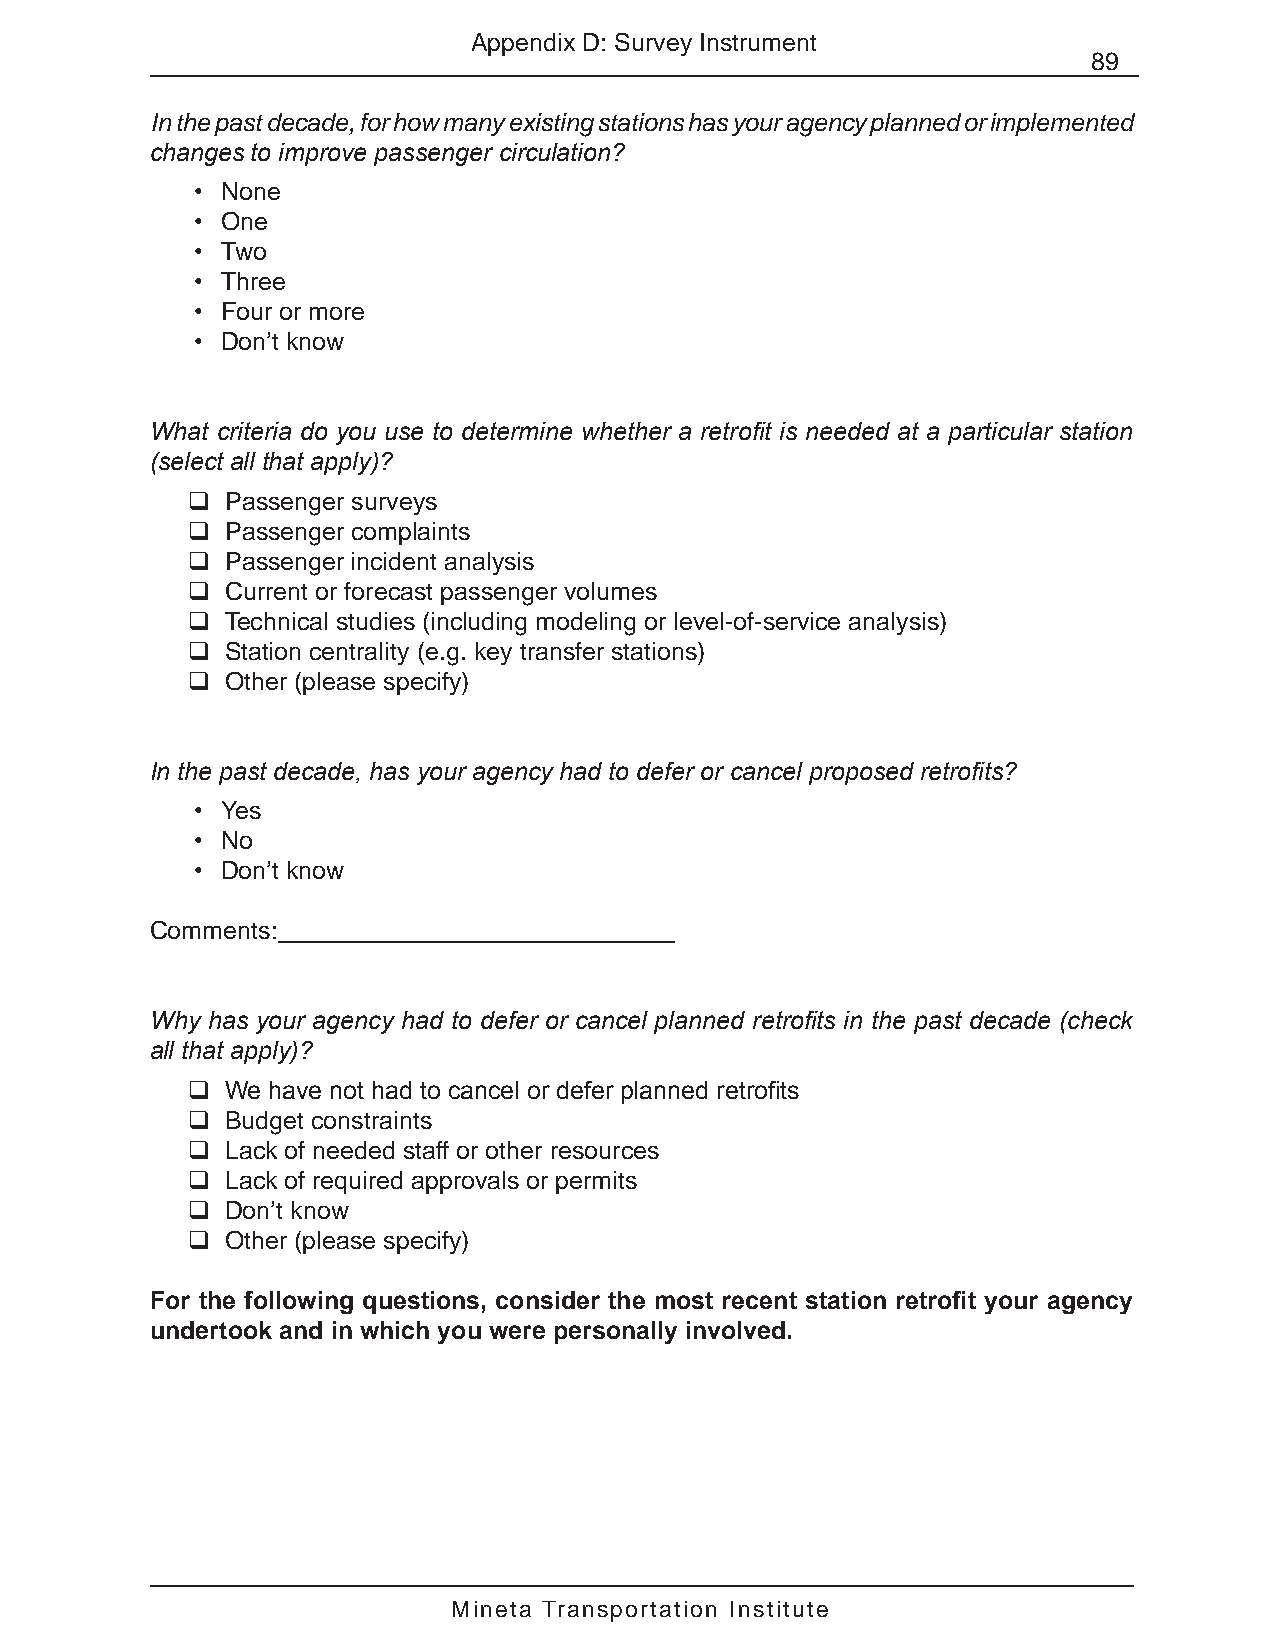
Appendix D: Survey Instrument
 89
 In the past decade, for how many existing stations has your agency planned or implemented
 changes to improve passenger circulation?
 • None
 • One
 • Two
 • Three
 • Four or more
 • Don’t know
 What criteria do you use to determine whether a retrofit is needed at a particular station
 (select all that apply)?
   Passenger surveys
   Passenger complaints
   Passenger incident analysis
   Current or forecast passenger volumes
   Technical studies (including modeling or level-of-service analysis)
   Station centrality (e.g. key transfer stations)
   Other (please specify)
 In the past decade, has your agency had to defer or cancel proposed retrofits?
 • Yes
 • No
 • Don’t know
 Comments:
 Why has your agency had to defer or cancel planned retrofits in the past decade (check
 all that apply)?
   We have not had to cancel or defer planned retrofits
   Budget constraints
   Lack of needed staff or other resources
   Lack of required approvals or permits
   Don’t know
   Other (please specify)
 For the following questions, consider the most recent station retrofit your agency
 undertook and in which you were personally involved.
 Mineta Transportation Institute